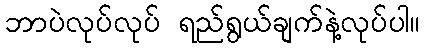
ဘာပဲလုပ်လုပ် ရည်ရွယ်ချက်နဲ့လုပ်ပါ။